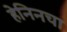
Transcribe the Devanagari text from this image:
हेनिनचा